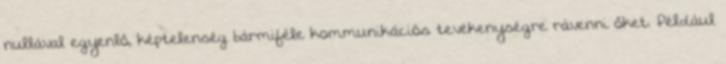
nullával egyenlő, képtelenség bármiféle kommunikációs tevékenységre rávenni őket. Például